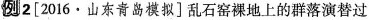
例2 [2016·山东青岛模拟]乱石窑裸地上的群落演替过